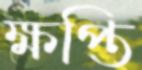
ক্ষপ্তি